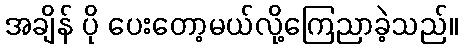
အချိန် ပို ပေးတော့မယ်လို့ကြေညာခဲ့သည်။